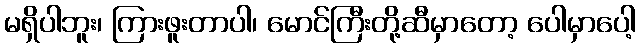
မရှိပါဘူး၊ ကြားဖူးတာပါ၊ မောင်ကြီးတို့ဆီမှာတော့ ပေါမှာပေါ့